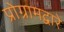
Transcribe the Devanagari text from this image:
प्रोग्रामद्वारे